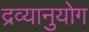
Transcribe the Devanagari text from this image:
द्रव्यानुयोग